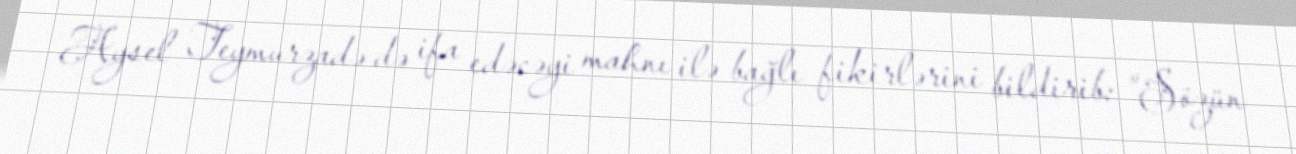
Aysel Teymurzadə də ifa edəcəyi mahnı ilə bağlı fikirlərini bildirib: ”Sözün